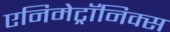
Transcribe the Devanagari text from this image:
एनिमेट्रॉनिक्स